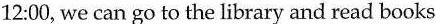
12:00, we can go to the library and read books